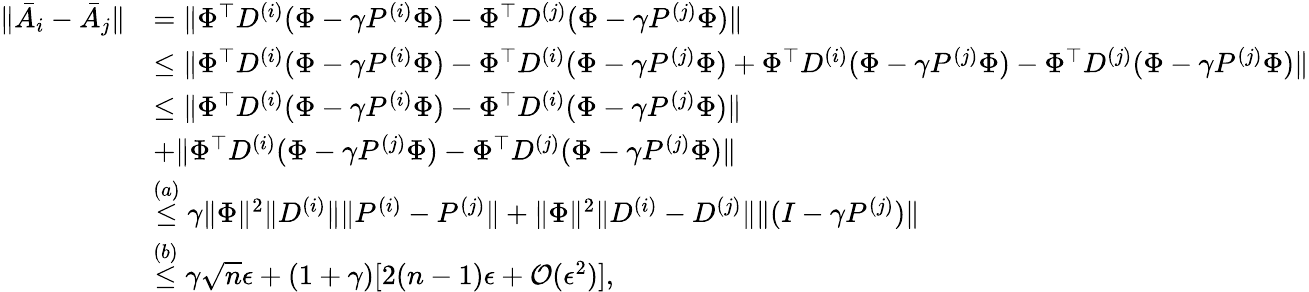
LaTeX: \begin{array}{rl}{\lVert\bar{A}_{i}-\bar{A}_{j}\rVert}&{=\lVert\Phi^{\top}D^{(i)}(\Phi-\gamma P^{(i)}\Phi)-\Phi^{\top}D^{(j)}(\Phi-\gamma P^{(j)}\Phi)\rVert}\\ &{\le\lVert\Phi^{\top}D^{(i)}(\Phi-\gamma P^{(i)}\Phi)-\Phi^{\top}D^{(i)}(\Phi-\gamma P^{(j)}\Phi)+\Phi^{\top}D^{(i)}(\Phi-\gamma P^{(j)}\Phi)-\Phi^{\top}D^{(j)}(\Phi-\gamma P^{(j)}\Phi)\rVert}\\ &{\le\lVert\Phi^{\top}D^{(i)}(\Phi-\gamma P^{(i)}\Phi)-\Phi^{\top}D^{(i)}(\Phi-\gamma P^{(j)}\Phi)\rVert}\\ &{+\lVert\Phi^{\top}D^{(i)}(\Phi-\gamma P^{(j)}\Phi)-\Phi^{\top}D^{(j)}(\Phi-\gamma P^{(j)}\Phi)\rVert}\\ &{\stackrel{(a)}{\le}\gamma\lVert\Phi\rVert^{2}\lVert D^{(i)}\rVert\lVert P^{(i)}-P^{(j)}\rVert+\lVert\Phi\rVert^{2}\lVert D^{(i)}-D^{(j)}\rVert\lVert(I-\gamma P^{(j)})\rVert}\\ &{\stackrel{(b)}{\le}\gamma\sqrt{n}\epsilon+(1+\gamma)[2(n-1)\epsilon+\mathcal{O}(\epsilon^{2})],}\end{array}